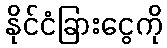
နိုင်ငံခြားငွေကို